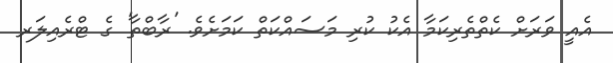
އެއީ ވަރަށް ކެތްތެރިކަމާ އެކު ކުރި މަސައްކަތް ކަމަށެވެ. 'ރާބްތާ' ގެ ޓްރެއިލަރ